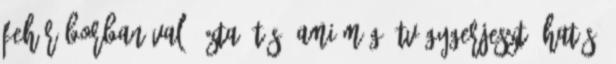
fehér borban való ázta- tás, ami még étvágygerjesztő hatású